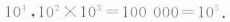
10{4}，10{2}\times 10{3}=100000=105.